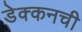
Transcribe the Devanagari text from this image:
डेक्कनची